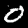
Digit: 0